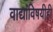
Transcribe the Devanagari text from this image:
वाद्यांविषयीही